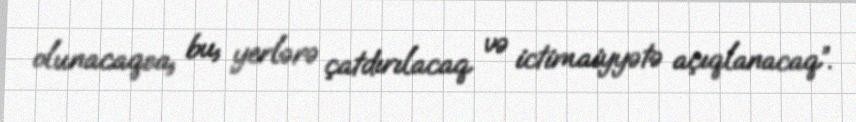
olunacaqsa, bu, yerlərə çatdırılacaq və ictimaiyyətə açıqlanacaq”.